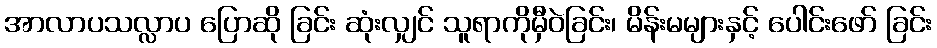
အာလာပသလ္လာပ ပြောဆို ခြင်း ဆုံးလျှင် သူရာကိုမှီဝဲခြင်း၊ မိန်းမများနှင့် ပေါင်းဖော် ခြင်း